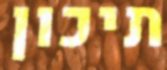
תיכון